Lunatic asylums Punjab 1881-1894 - 1881-1894
Year: 1881
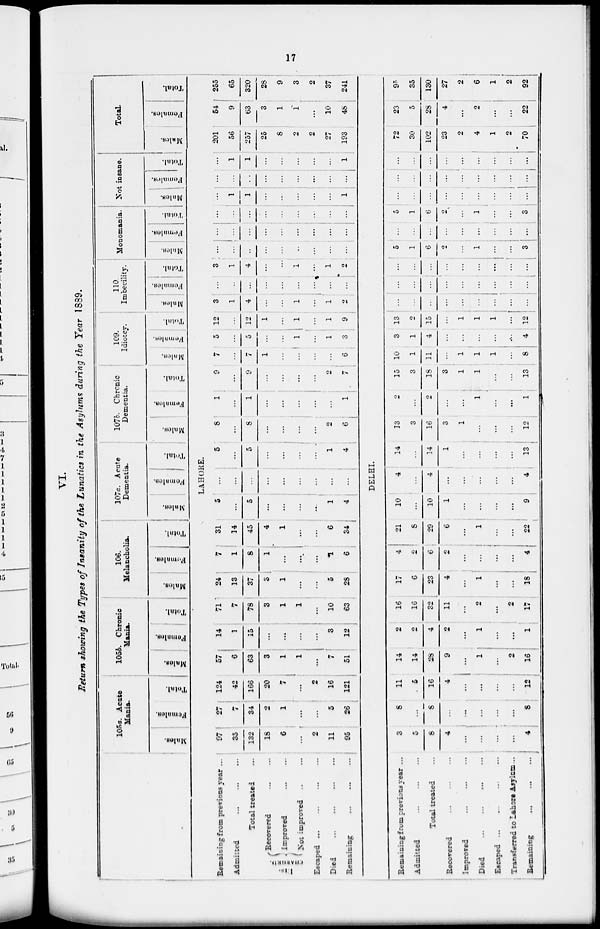
17
VI.
Return showing the Types of Insanity of the Lunatics in the Asylums during the Year 1889.
Remaining from previous year ...
Admi:ted
...
...
...
...
Total treated ...
DIS-
CHARGED.
Recorered
...
...
Improved
...
...
Not improved ... ...
Escaped ... ... ... ...
Died
...
...
...
...
Remaining ... ... ... ...
Remaining from previous year ...
Adzmitted ... ... ...
Total treated ...
Recorered ... ... ...
Improved ... ... ... ...
Died ... ... ... ...
Escaped ... ... ... ...
Transferred to Lahore Asylum ...
Remaining ... ... ...
105a. Acute
Manis.
Males.
Females.
Total.
1056. Chronic
Mania.
Males.
Females.
Total.
106.
Melancholia,
Males.
Females.
Total.
107a. Acute
Dementia.
Males.
Females.
Total.
107b.
Chronic
Dementia.
Males.
Females.
Total.
109.
Idiotcy.
Males.
Females.
Total.
110.
Imbecility.
Males.
Females.
Total.
Monomania.
Males.
Females.
Total.
Not insane.
Males.
Females.
Total.
Total
Males.
Females.
Total.
LAHORE.
97
35
132
18
6
...
2
11
95
27
4
34
2
1
...
...
5
26
124
42
166
20
7
...
2
16
121
57
6
63
3
1
1
...
7
51
14
1
15
...
...
...
...
3
12
71
7
78
3
1
1
...
10
63
24
13
37
3
1
...
...
5
28
7
1
8
1
...
...
...
1
6
31
14
45
4
1
...
...
6
34
5
...
5
...
...
...
...
1
4
...
...
...
...
...
...
...
...
...
5
...
5
...
...
...
...
1
4
8
...
8
...
...
...
...
23
6
1
...
1
...
...
...
...
...
1
9
...
9
...
...
...
...
2
7
7
...
7
1
...
...
...
...
6
5
...
5
...
...
1
...
1
3
12
...
12
1
...
1
...
1
9
3
1
4
...
...
1
...
1
2
...
...
...
...
...
...
...
...
...
3
1
4
...
...
1
...
1
2
...
...
...
...
...
...
...
...
...
...
...
...
...
...
...
...
...
...
...
...
...
...
...
...
...
...
...
1
1
...
...
...
...
...
1
...
...
...
...
...
...
...
...
...
...
1
1
...
...
...
...
...
1
201
56
257
25
8
2
2
27
193
54
9
63
3
1
1
...
10
48
255
65
320
28
9
3
2
37
241
DELHI.
3
5
8
4
...
...
...
...
4
6
...
8
...
...
...
...
...
8
11
5
16
4
...
...
...
...
12
14
14
28
9
...
1
...
2
16
2
2
4
2
...
1
...
...
1
16
16
32
11
...
2
...
2
17
17
6
23
4
...
1
...
...
18
4
2
6
2
...
...
...
...
4
21
8
29
6
...
1
...
...
22
10
...
10
1
...
...
...
...
9
4
...
4
...
...
...
...
...
4
14
14
1
...
...
...
...
13
13
3
16
3
1
...
...
...
12
2
...
2
...
...
1
...
...
1
15
3
18
3
1
1
...
...
13
10
1
11
...
1
1
1
...
8
3
1
4
...
...
...
...
...
4
13
2
15
...
1
1
1
...
12
...
...
...
...
...
...
...
...
...
...
...
...
...
...
...
...
...
...
...
...
...
...
...
...
...
...
5
1
6
2
...
1
...
...
3
...
...
...
...
...
...
...
...
...
5
1
6
2
...
1
...
...
3
...
...
...
...
...
...
...
...
...
...
...
...
...
...
...
...
...
...
...
...
...
...
...
...
...
...
...
72
30
102
23
2
4
1
2
70
23
5
28
4
...
2
...
...
22
95
35
130
27
2
6
1
2
92